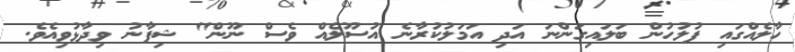
ހާލެއްގައި ފުލުހުން ބަލައިގަންނަ އަދި އަމަލުކުރާނެ އުސޫލެއް ވެސް ނޫން" ޝިފާނު ވިދާޅުވިއެވެ.